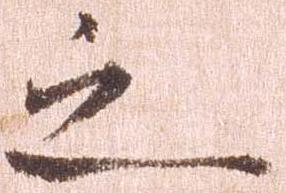
之